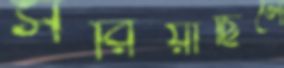
সরিয়াছিলে